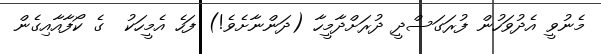
މެނުވީ އެދުވަހުން ފުރަގަސްދީ ދުރަށްދާމީހާ (ދަންނާށެވެ!) ފަހެ އެމީހަކު  ގެ ކޯފާއާއިގެން